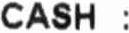
CASH :